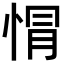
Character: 𢛡